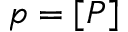
p = [ P ]